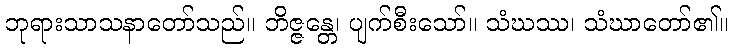
ဘုရားသာသနာတော်သည်။ ဘိဇ္ဇန္တေ၊ ပျက်စီးသော်။ သံဃဿ၊ သံဃာတော်၏။